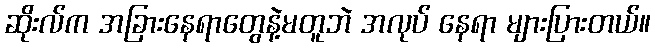
ဆိုးလ်က အခြားနေရာတွေနဲ့မတူဘဲ အလုပ် နေရာ များပြားတယ်။